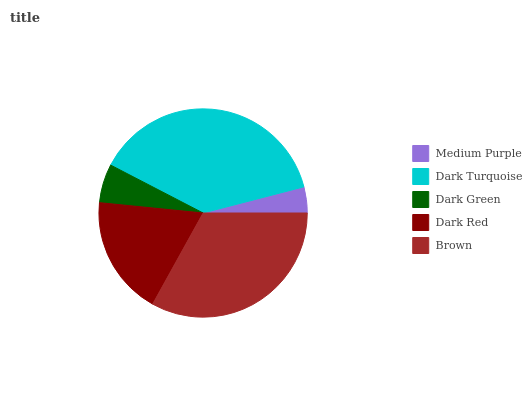
| Medium Purple | Dark Turquoise | Dark Green | Dark Red | Brown |
 | --- | --- | --- | --- | --- |
 | 4.03% | 38.4% | 6.03% | 18.5% | 33.1% |